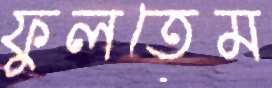
ফুলতেম